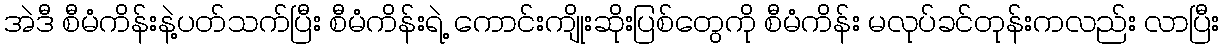
အဲဒီ စီမံကိန်းနဲ့ပတ်သက်ပြီး စီမံကိန်းရဲ့ ကောင်းကျိုးဆိုးပြစ်တွေကို စီမံကိန်း မလုပ်ခင်တုန်းကလည်း လာပြီး